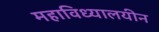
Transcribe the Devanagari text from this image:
महाविध्यालयीन